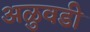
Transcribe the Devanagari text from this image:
अळुवडी